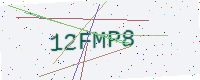
Text: 12FMP8